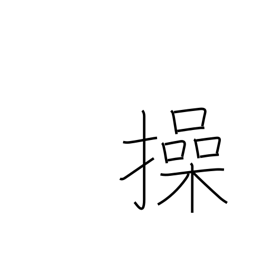
Meaning: maneuver